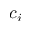
c _ { i }